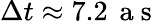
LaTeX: \Delta t\approx 7.2\, \mathrm{~a~s~}